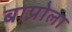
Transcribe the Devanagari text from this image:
बाप्रोला